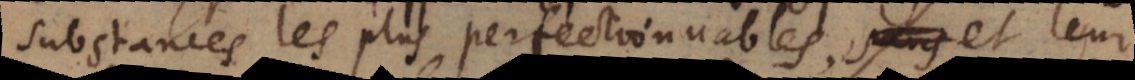
substances les plus perfectionnables, et leur